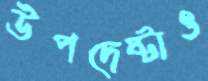
উপদেষ্টাও